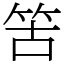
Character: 䇢